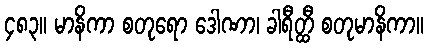
၄၈၃။ မာနိကာ စတုရော ဒေါဏာ၊ ခါရီတ္ထီ စတုမာနိကာ။